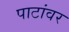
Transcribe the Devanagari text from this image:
पाटांवर